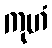
ကုဟံ